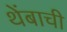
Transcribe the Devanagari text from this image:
थेंबाची